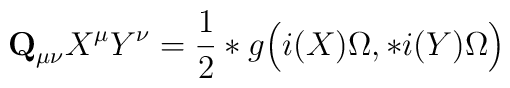
{\bf Q}_{\mu\nu}X^\mu Y^\nu=\frac12 *g\Bigl(i(X)\Omega,*i(Y)\Omega\Bigr)